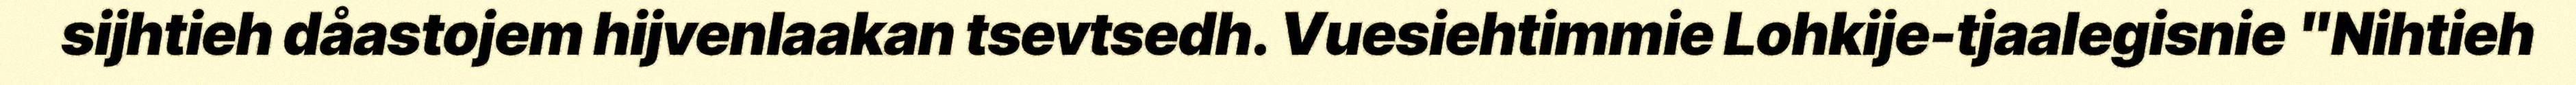
sijhtieh dåastojem hijvenlaakan tsevtsedh. Vuesiehtimmie Lohkije-tjaalegisnie "Nihtieh